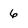
Character: 6